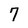
Character: 7